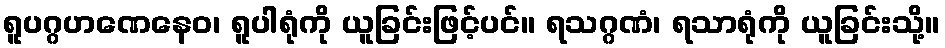
ရူပဂ္ဂဟဏေနေဝ၊ ရူပါရုံကို ယူခြင်းဖြင့်ပင်။ ရသဂ္ဂဏံ၊ ရသာရုံကို ယူခြင်းသို့။